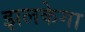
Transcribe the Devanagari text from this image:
झलकेगा